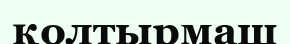
қолтырмаш